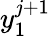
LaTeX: y_{1}^{j+1}